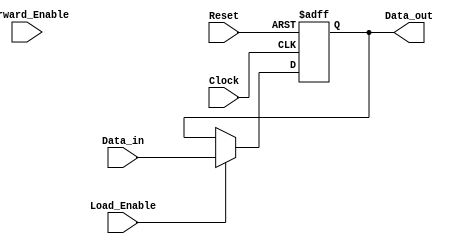
module ForwardingRegister (
    input wire [31:0] Data_in,      // Incoming data (32-bit bus)
    input wire Forward_Enable,       // Control signal to enable forwarding
    input wire Load_Enable,          // Control signal to load new data
    input wire Clock,                // Clock signal
    input wire Reset,                // Asynchronous reset signal
    output reg [31:0] Data_out       // Output data (32-bit bus)
);

// Asynchronous reset behavior
always @(posedge Clock or posedge Reset) begin
    if (Reset) begin
        Data_out <= 32'b0; // Reset the output to 0
    end else if (Load_Enable) begin
        Data_out <= Data_in; // Load new data into the register
    end else if (Forward_Enable) begin
        // Forward current Data_out (do nothing, maintains state)
        // Note: Data_out remains unchanged
    end
    // If neither Load_Enable nor Forward_Enable are asserted,
    // Data_out retains its previous value (implicit behavior)
end

endmodule